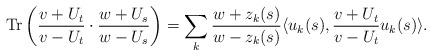
LaTeX: \begin{align*}{\rm Tr}\left(\frac{v+U_t}{v-U_t}\cdot \frac{w+U_s}{w-U_s}\right)=\sum_{k}\frac{w+z_k(s)}{w-z_k(s)}\langle u_k(s), \frac{v+U_t}{v-U_t}u_k(s)\rangle.\end{align*}